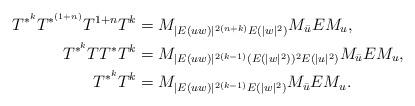
LaTeX: \begin{align*} T^{\ast^k}T^{\ast^{(1+n)}}T^{1+n}T^k&=M_{|E(uw)|^{2(n+k)}E(|w|^2)}M_{\bar{u}}EM_{u},\\T^{\ast^k}TT^{\ast}T^k&=M_{|E(uw)|^{2(k-1)}(E(|w|^2))^2E(|u|^2)}M_{\bar{u}}EM_{u},\\T^{\ast^k}T^k&=M_{|E(uw)|^{2(k-1)}E(|w|^2)}M_{\bar{u}}EM_{u}. \end{align*}